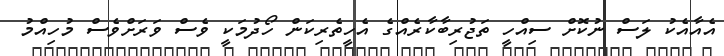
އެއާއެކު ލަސް ނުކޮށް ސިއްހީ ތަޖުރިބާކާރެއްގެ އެހީތެރިކަން ހޯދުމަކީ ވެސް ވަރަށްވެސް މުހިއްމު